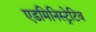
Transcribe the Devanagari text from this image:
एडमिनिस्ट्रेटिव